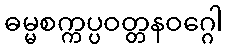
ဓမ္မစက္ကပ္ပဝတ္တနဝဂ္ဂေါ